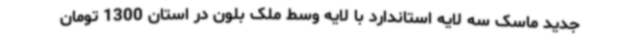
جدید ماسک سه لایه استاندارد با لایه وسط ملک بلون در استان 1300 تومان